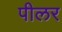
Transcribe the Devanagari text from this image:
पीलर